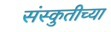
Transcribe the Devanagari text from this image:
संस्कुतीच्या